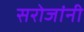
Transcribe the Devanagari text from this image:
सरोजांनी